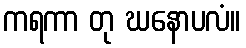
ကရကာ တု ဃနောပလံ။